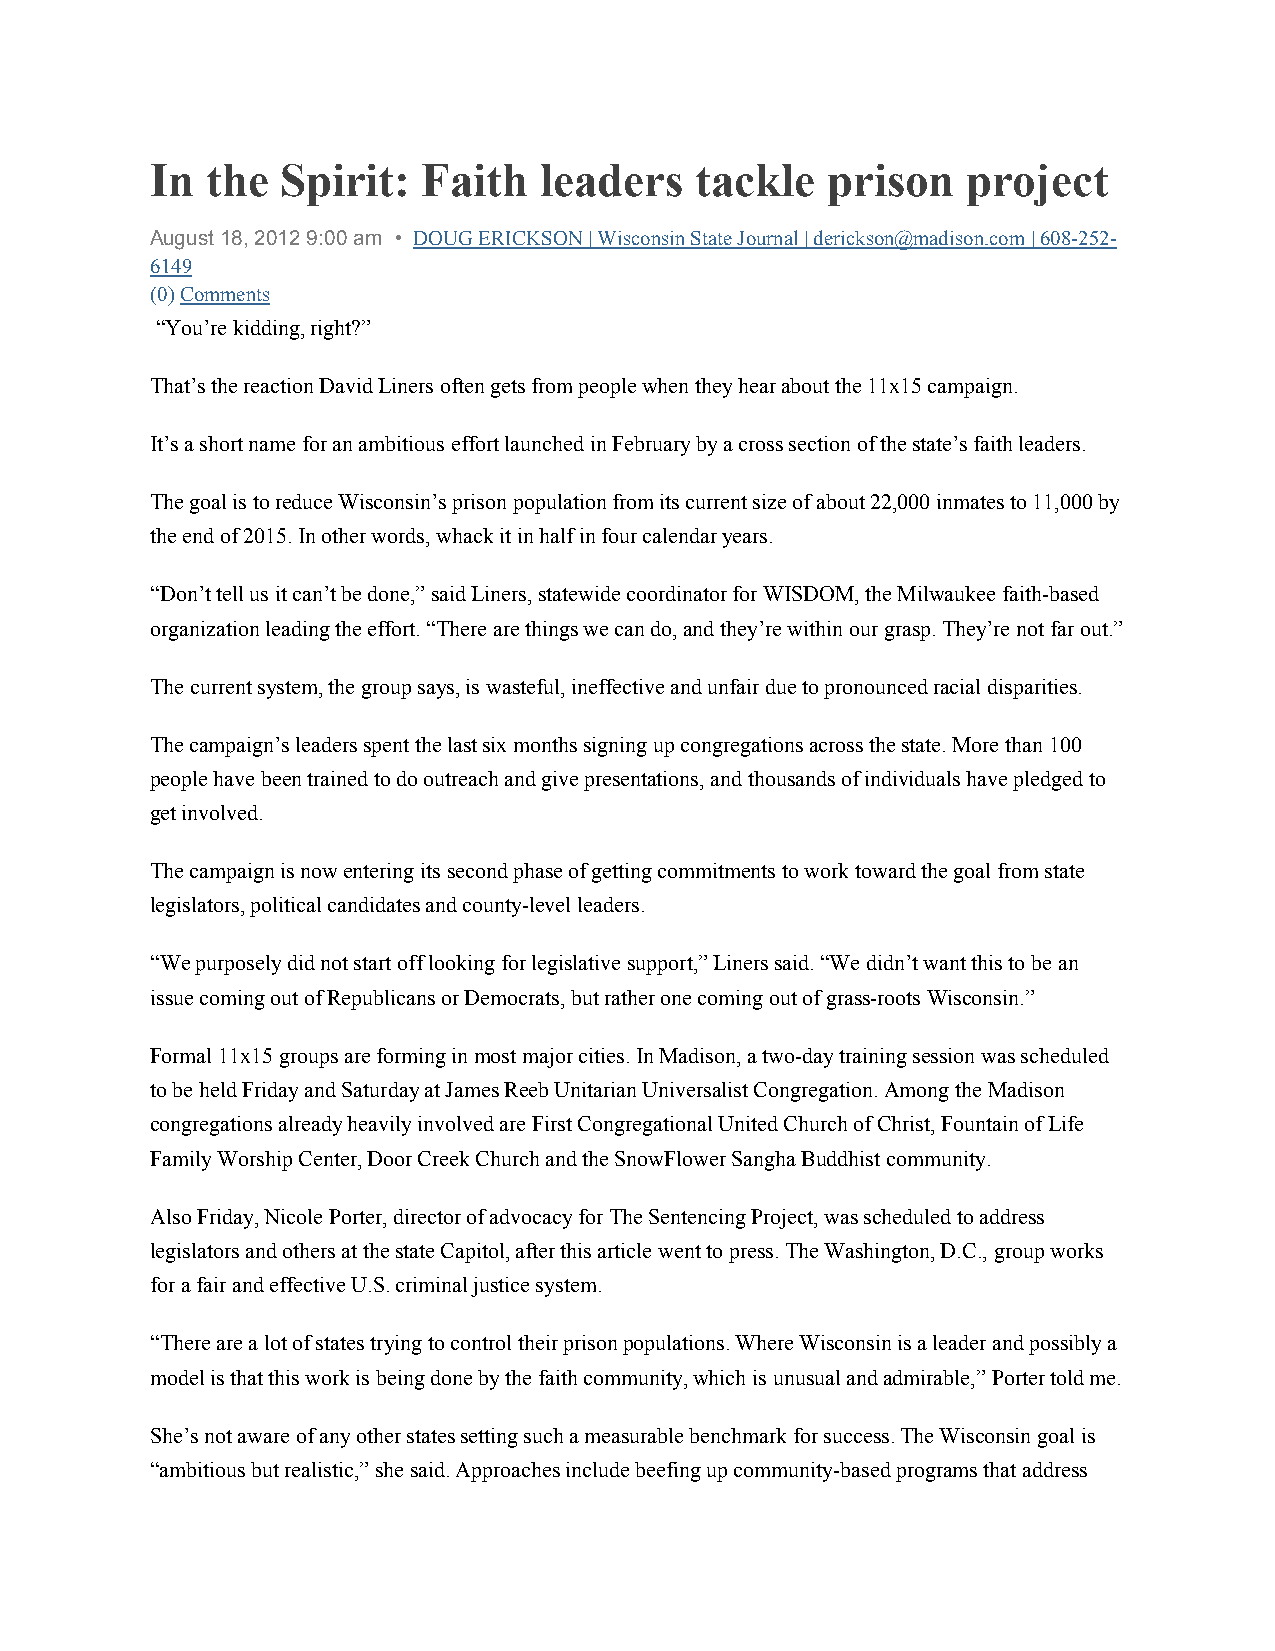
In  the  Spirit:  Faith   leaders   tackle   prison   project
 August 18, 2012 9:00 am • DOUG ERICKSON | Wisconsin State Journal | derickson@madison.com | 608-252-
 6149
 (0) Comments
 “You’re kidding, right?”
 That’s the reaction David Liners often gets from people when they hear about the 11x15 campaign.
 It’s a short name for an ambitious effort launched in February by a cross section of the state’s faith leaders.
 The goal is to reduce Wisconsin’s prison population from its current size of about 22,000 inmates to 11,000 by
 the end of 2015. In other words, whack it in half in four calendar years.
 “Don’t tell us it can’t be done,” said Liners, statewide coordinator for WISDOM, the Milwaukee faith-based
 organization leading the effort. “There are things we can do, and they’re within our grasp. They’re not far out.”
 The current system, the group says, is wasteful, ineffective and unfair due to pronounced racial disparities.
 The campaign’s leaders spent the last six months signing up congregations across the state. More than 100
 people have been trained to do outreach and give presentations, and thousands of individuals have pledged to
 get involved.
 The campaign is now entering its second phase of getting commitments to work toward the goal from state
 legislators, political candidates and county-level leaders.
 “We purposely did not start off looking for legislative support,” Liners said. “We didn’t want this to be an
 issue coming out of Republicans or Democrats, but rather one coming out of grass-roots Wisconsin.”
 Formal 11x15 groups are forming in most major cities. In Madison, a two-day training session was scheduled
 to be held Friday and Saturday at James Reeb Unitarian Universalist Congregation. Among the Madison
 congregations already heavily involved are First Congregational United Church of Christ, Fountain of Life
 Family Worship Center, Door Creek Church and the SnowFlower Sangha Buddhist community.
 Also Friday, Nicole Porter, director of advocacy for The Sentencing Project, was scheduled to address
 legislators and others at the state Capitol, after this article went to press. The Washington, D.C., group works
 for a fair and effective U.S. criminal justice system.
 “There are a lot of states trying to control their prison populations. Where Wisconsin is a leader and possibly a
 model is that this work is being done by the faith community, which is unusual and admirable,” Porter told me.
 She’s not aware of any other states setting such a measurable benchmark for success. The Wisconsin goal is
 “ambitious but realistic,” she said. Approaches include beefing up community-based programs that address